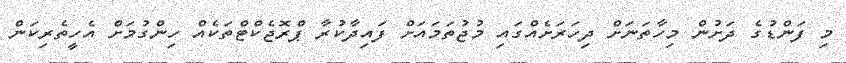
މި ފަންޑުގެ ދަށުން މިހާތަނަށް ދިހަރަށެއްގައި މުޖުތަމައަށް ފައިދާކުރާ ޕްރޮޖެކްޓްތަކެއް ހިންގުމަށް އެހީތެރިކަން